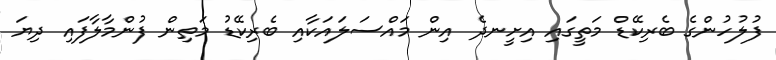
ފުލުހުންގެ ބެރިކޭޑް މަތީގައި އިށީނދެ އިން މައްސަލައަކާއި ބެރިކޭޑު މަތިން ފުންމާލާފައި ދިޔަ